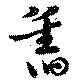
舊